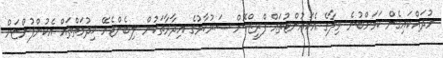
ނުދައްކައިގެން ކަމަށްބުނެ ވިލާގެ އެކައުންޓުތައް ފްރީޒްކޮށް ސަރުކާރުގެ އިދާރާތަކުން ލިބެންޖެހޭ ޚިދުމަތްތައް އެކުންފުންޏަށް